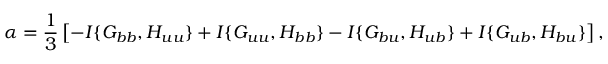
\alpha = \frac { 1 } { 3 } \left[ { - I \{ { G _ { b b } , H _ { u u } } \} + I \{ { G _ { u u } , H _ { b b } } \} - I \{ { G _ { b u } , H _ { u b } } \} + I \{ { G _ { u b } , H _ { b u } } \} } \right] ,